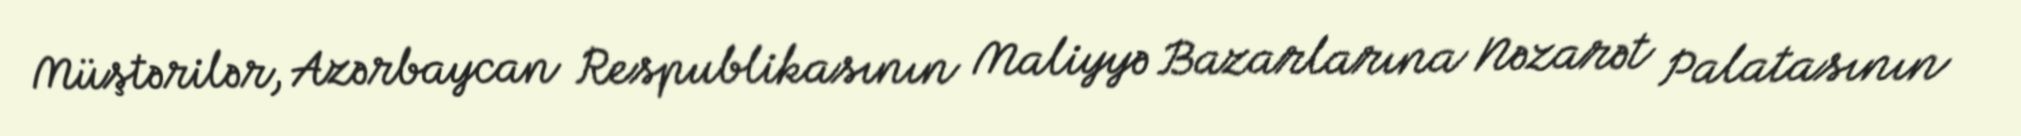
Müştərilər, Azərbaycan Respublikasının Maliyyə Bazarlarına Nəzarət Palatasının